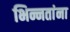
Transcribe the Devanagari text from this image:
भिन्नतांना